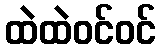
ထဲထဲဝင်ဝင်